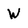
Character: W